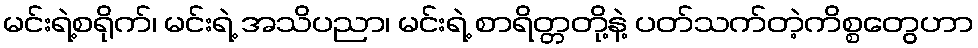
မင်းရဲ့စရိုက်၊ မင်းရဲ့ အသိပညာ၊ မင်းရဲ့ စာရိတ္တတို့နဲ့ ပတ်သက်တဲ့ကိစ္စတွေဟာ